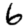
Digit: 6